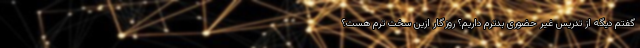
گفتم دیگه از تدریس غیر حضوری بدترم داریم؟ روزگار ازین سخت ترم هست؟